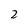
Character: 2